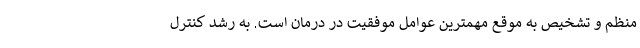
منظم و تشخیص به موقع مهمترین عوامل موفقیت در درمان است. به رشد کنترل